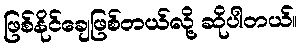
ဖြစ်နိုင်ချေဖြစ်တယ်လို့ ဆိုပါတယ်။